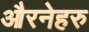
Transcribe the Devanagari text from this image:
औरनेहरु